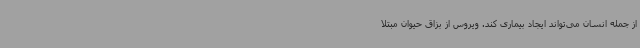
از جمله انسان می‌تواند ایجاد بیماری کند. ویروس از بزاق حیوان مبتلا